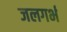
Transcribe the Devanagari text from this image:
जलगर्भ